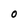
Character: O